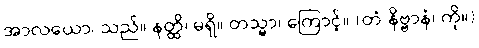
အာလယော၊ သည်။ နတ္ထိ၊ မရှိ။ တသ္မာ၊ ကြောင့်။ (တံ နိဗ္ဗာနံ၊ ကို။)